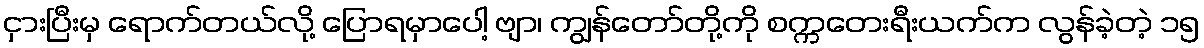
ငှားပြီးမှ ရောက်တယ်လို့ ပြောရမှာပေါ့ ဗျာ၊ ကျွန်တော်တို့ကို စက္ကတေးရီးယက်က လွန်ခဲ့တဲ့ ၁၅